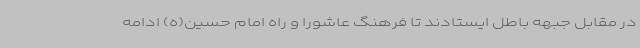
در مقابل جبهه باطل ایستادند تا فرهنگ عاشورا و راه امام حسین(ه) ادامه